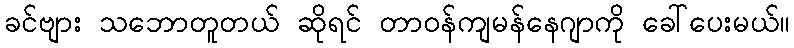
ခင်ဗျား သဘောတူတယ် ဆိုရင် တာဝန်ကျမန်နေဂျာကို ခေါ်ပေးမယ်။